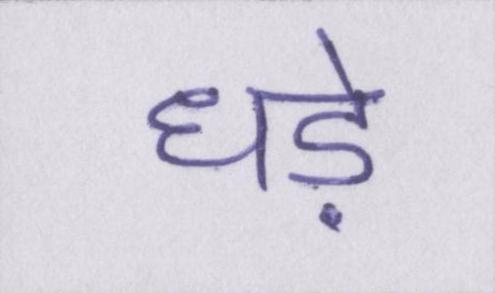
धड़े